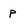
Character: p